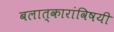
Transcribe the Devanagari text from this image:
बलात्कारांविषयी